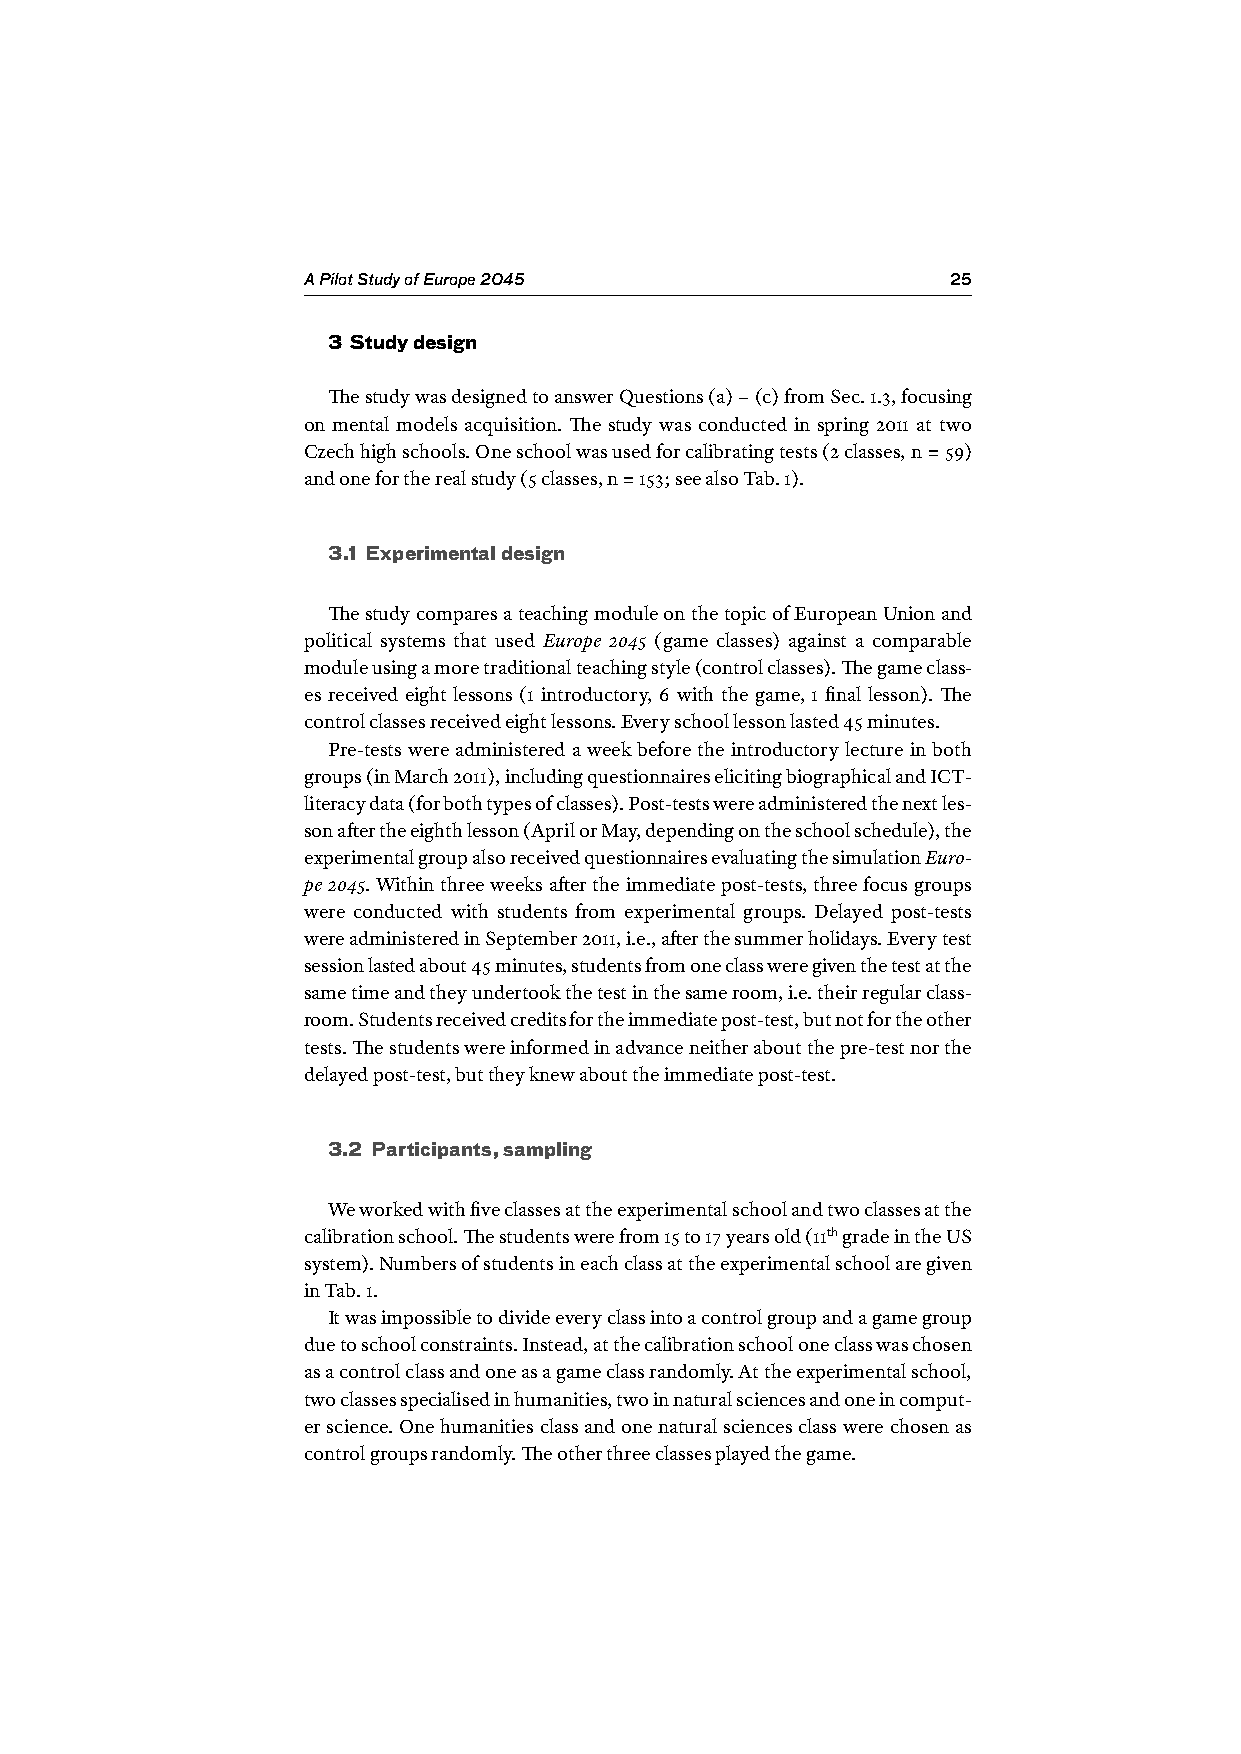
A Pilot Study of Europe 2045               25
 3 Study design
 The study was designed to answer Questions (a) – (c) from Sec. 1.3, focusing
 on mental models acquisition. The study was conducted in spring 2011 at two
 Czech high schools. One school was used for calibrating tests (2 classes, n = 59)
 and one for the real study (5 classes, n = 153; see also Tab. 1).
 3.1 Experimental design
 The study compares a teaching module on the topic of European Union and
 political systems that used Europe 2045 (game classes) against a comparable
 module using a more traditional teaching style (control classes). The game class-
 es received eight lessons (1 introductory, 6 with the game, 1 final lesson). The
 control classes received eight lessons. Every school lesson lasted 45 minutes.
 Pre-tests were administered a week before the introductory lecture in both
 groups (in March 2011), including questionnaires eliciting biographical and ICT-
 literacy data (for both types of classes). Post-tests were administered the next les-
 son after the eighth lesson (April or May, depending on the school schedule), the
 experimental group also received questionnaires evaluating the simulation Euro-
 pe 2045. Within three weeks after the immediate post-tests, three focus groups
 were conducted with students from experimental groups. Delayed post-tests
 were administered in September 2011, i.e., after the summer holidays. Every test
 session lasted about 45 minutes, students from one class were given the test at the
 same time and they undertook the test in the same room, i.e. their regular class-
 room. Students received credits for the immediate post-test, but not for the other
 tests. The students were informed in advance neither about the pre-test nor the
 delayed post-test, but they knew about the immediate post-test.
 3.2 Participants, sampling
 We worked with five classes at the experimental school and two classes at the
 calibration school. The students were from 15 to 17 years old (11th grade in the US
 system). Numbers of students in each class at the experimental school are given
 in Tab. 1.
 It was impossible to divide every class into a control group and a game group
 due to school constraints. Instead, at the calibration school one class was chosen
 as a control class and one as a game class randomly. At the experimental school,
 two classes specialised in humanities, two in natural sciences and one in comput-
 er science. One humanities class and one natural sciences class were chosen as
 control groups randomly. The other three classes played the game.